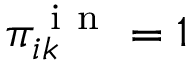
\pi _ { i k } ^ { \mathrm { ~ i ~ n ~ } } = 1